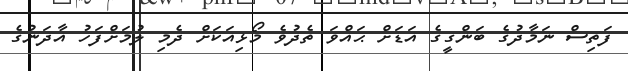
ފަތިސް ނަމާދުގެ ބަންގީގެ އަޑަށް ޙައްވަ ތެދުވެ މޯޅިއަކަށް ދެމި ލުމަށްފަހު އާދަނުގެ